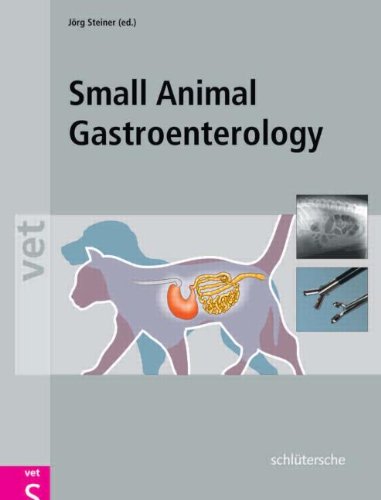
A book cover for Small Animal Gastroenterology; Jorg M. Steiner; Medical Books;